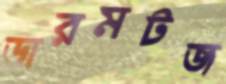
ডারমটজ